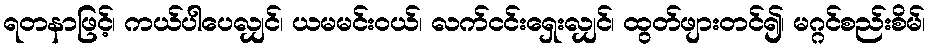
ရတနာဖြင့်၊ ကယ်ပါပေလျှင်၊ ယမမင်းဝယ်၊ လက်ငင်းရှေးလျှင်၊ ထွတ်ဖျားတင်၍၊ မဂ္ဂင်စည်းစိမ်၊